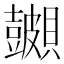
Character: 𬥪